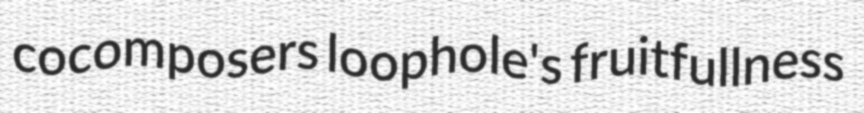
cocomposers loophole's fruitfullness